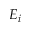
E _ { i }